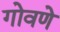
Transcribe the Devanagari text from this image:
गोवणे